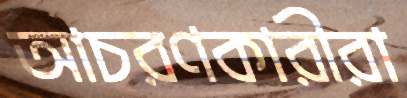
আচরণকারীরা